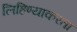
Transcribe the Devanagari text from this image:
लिहिण्याकरता